Civil Veterinary Dept. Assam report 1911-1927 - 1911-1927
Year: 1911
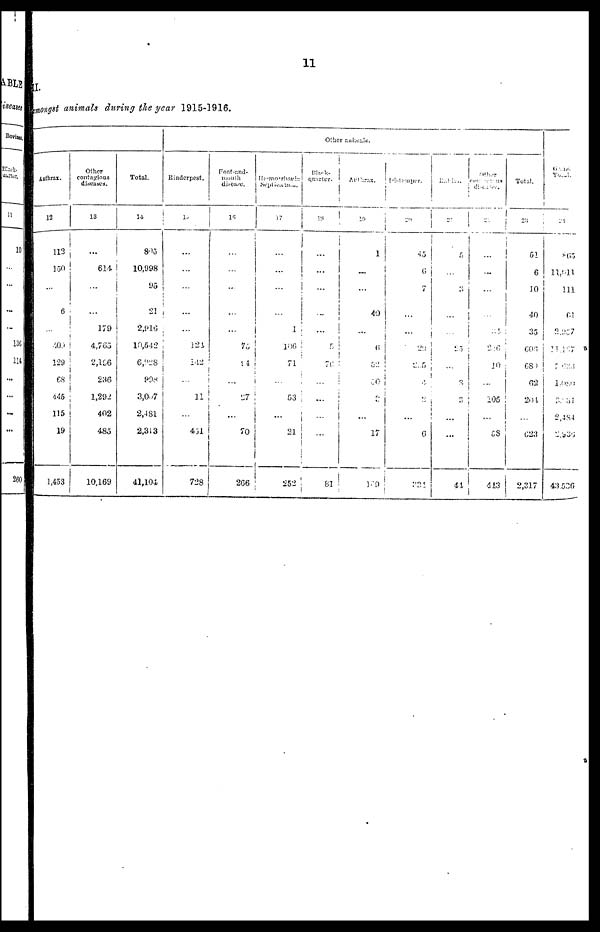
11
X
tmongst animals during the year 1915-1916.
Anthrax.
13
113
150
...
6
...
400
129
68
445
115
19
1,453
Other
contagious
diseases.
13
...
614
179
4,765
2,196
236
1,292
402
485
10,169
Total.
14
805
10,098
95
21
2,916
10,542
6,'.>28
998
3,067
2,481
2,313
41,104
Other animals.
Rinderpest.
16
...
...
...
...
121
142
...
3.1
431
728
Foot-and-
mouth
disease.
16
...
...
...
75
94
...
...
70
266
Hæmorrhagis
Septiam...
17
...
...
...
1
106
71
...
53
...
21
252
quarter.
18
...
...
...
...
5
76
...
...
...
...
81
Anthrax.
10
1
...
...
40
...
(5
G2
30
3
...
17
189
Pistenger.
29
45
6
7
...
...
29
2.5
4
3
...
0
324
Batier
20
6
3
...
...
25
3
3
...
...
41
Other
Other contagius desease.
diseases.
22
...
...
24
2:0
10
...
105
...
5S
413
Total.
23
51
6
10
40
35
606
689
62
204
623
2,317
Grand Total.
24
865
11,611
111
61
2,957
11,157
7,638
1 ,089
3,231
2,484
2,935
43.530